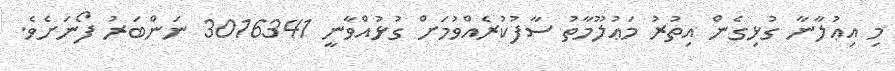
މި އިޢުލާނާ ގުޅިގެން އިތުރު މަޢުލޫމާތު ސާފުކުރެއްވުމަށް ގުޅުއްވާނީ 3016341 ނަންބަރު ފޯނަށެވެ.